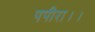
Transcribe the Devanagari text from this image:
पपीरा।।